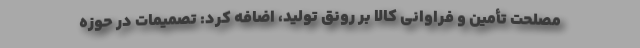
مصلحت تأمین و فراوانی کالا بر رونق تولید، اضافه کرد: تصمیمات در حوزه